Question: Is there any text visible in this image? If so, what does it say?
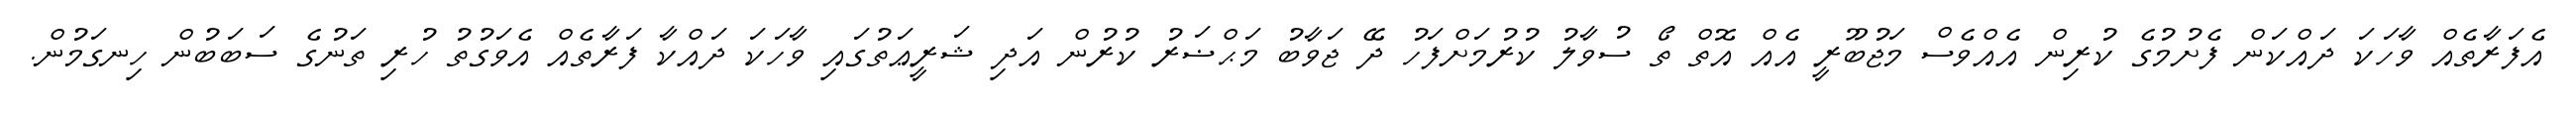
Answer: އެފަރާތެއް ވާހަކަ ދައްކަން ފެށުމުގެ ކުރިން އެއްވެސް މަޖުބޫރީ އެއް އޮތް ތޯ ސުވާލު ކުރުމަށްފަހު ދޭ ޖަވާބު މަޙްޟަރު ކުރުން އަދި ޝަރީޢަތުގައި ވާހަކަ ދައްކާ ފަރާތެއް އެވަގުތު ހުރި ތަނުގެ ސަބަބުން ހިނގަމުން.